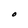
Character: O